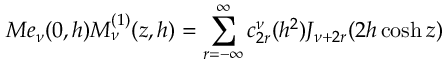
M e _ { \nu } ( 0 , h ) M _ { \nu } ^ { ( 1 ) } ( z , h ) = \sum _ { r = - \infty } ^ { \infty } c _ { 2 r } ^ { \nu } ( h ^ { 2 } ) J _ { \nu + 2 r } ( 2 h \cosh z )